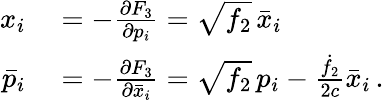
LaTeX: \begin{array}{rl}{x_{i}}&{{}=-\frac{\partial F_{3}}{\partial p_{i}}=\sqrt{f_{2}}\, \bar{x}_{i}}\\ {\bar{p}_{i}}&{{}=-\frac{\partial F_{3}}{\partial\bar{x}_{i}}=\sqrt{f_{2}}\, p_{i}-\frac{\dot{f}_{2}}{2c}\bar{x}_{i}\, .}\end{array}